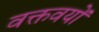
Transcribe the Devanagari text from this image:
वक्तवयों